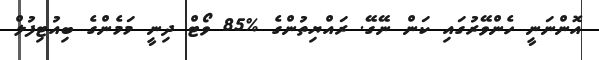
އޮންނަނީ ހެންވޭރުގައި ކަން ނޭގޭ. ރައްޔިތުންގެ %85 ވޯޓް ދިނީ މަމެންގެ ބިއުޓިފުލް